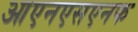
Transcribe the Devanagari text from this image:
आएनएसएनफ